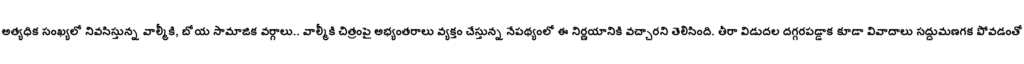
అత్యధిక సంఖ్యలో నివసిస్తున్న వాల్మీకి, బోయ సామాజిక వర్గాలు.. వాల్మీకి చిత్రంపై అభ్యంతరాలు వ్యక్తం చేస్తున్న నేపథ్యంలో ఈ నిర్ణయానికి వచ్చారని తెలిసింది. తీరా విడుదల దగ్గరపడ్డాక కూడా వివాదాలు సద్దుమణగక పోవడంతో